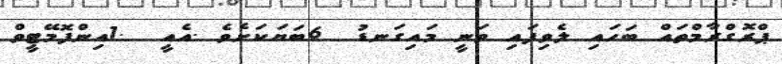
ޕްރޮގްރާމްތައް ބަހައި ލެވިފައި ވަނީ މައިގަނޑު  6ބަޔަކަށެވެ .އެއީ  .1އިންފޮމޭޓީވް